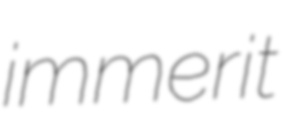
immerit